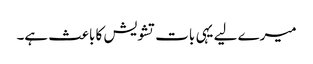
میرے لیے یہی بات تشویش کا باعث ہے۔